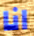
انا